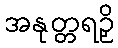
အနုတ္တရဉှိ